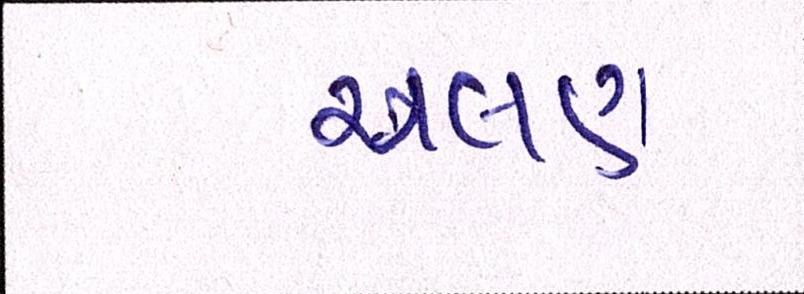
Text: ચલણ